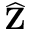
\widehat { \mathbf { Z } }